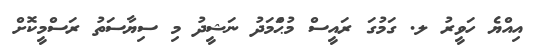
އިއްޔެ ހަވީރު ލ. ގަމުގަ ރައީސް މުޙަްމަދު ނަޝީދު މި ސިޔާސަތު ރަސްމީކޮށް